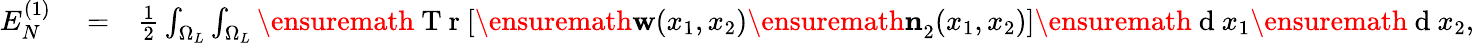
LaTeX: \begin{array}{rlr}{E_{N}^{(1)}}&{{}=}&{\frac{1}{2}\int_{\Omega_{L}}\int_{\Omega_{L}}\ensuremath{\mathrm{~T~r~}}[\ensuremath{\mathbf{w}}(x_{1},x_{2})\ensuremath{\mathbf{n}}_{2}^{}(x_{1},x_{2})]\ensuremath{\mathrm{~d~}}x_{1}\ensuremath{\mathrm{~d~}}x_{2},}\end{array}